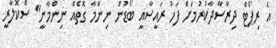
އެ ރިޕޯޓް ދިރާސާދާކުރުމަށް ފަހު ރައީސާއީ ބޯޑުން ނިންމާ ގޮތެއް ނިންމާނީ" ސްކޮލާރީ